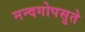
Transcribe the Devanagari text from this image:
नन्दगोपसुते